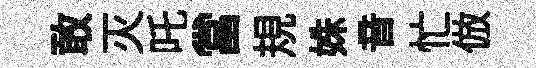
敢灭吒當規姝音忙倣